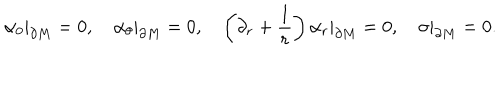
LaTeX: \alpha _ { 0 } | _ { \partial M } = 0 , \quad \alpha _ { \theta } | _ { \partial M } = 0 , \quad \left( \partial _ { r } + \frac 1 r \right) \alpha _ { r } | _ { \partial M } = 0 , \quad \sigma | _ { \partial M } = 0 .